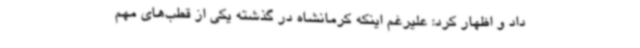
داد و اظهار کرد: علیرغم اینکه کرمانشاه در گذشته یکی از قطب‌های مهم